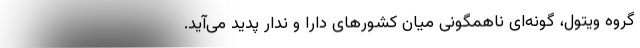
گروه ویتول، گونه‌ای ناهمگونی میان کشورهای دارا و ندار پدید می‌آید.